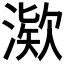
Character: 𪶿